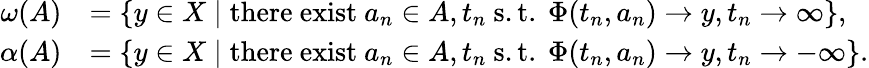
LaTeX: \begin{array}{rl}{\omega(A)}&{=\{ y\in X\mid\mathrm{there~exist~}a_{n}\in A,t_{n}\mathrm{~s.t.~}\Phi(t_{n},a_{n})\to y,t_{n}\to\infty\} ,}\\ {\alpha(A)}&{=\{ y\in X\mid\mathrm{there~exist~}a_{n}\in A,t_{n}\mathrm{~s.t.~}\Phi(t_{n},a_{n})\to y,t_{n}\to-\infty\} .}\end{array}